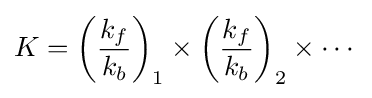
K=\left({\frac {k_{f}}{k_{b}}}\right)_{1}\times \left({\frac {k_{f}}{k_{b}}}\right)_{2}\times \cdots